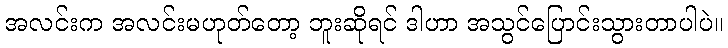
အလင်းက အလင်းမဟုတ်တော့ ဘူးဆိုရင် ဒါဟာ အသွင်ပြောင်းသွားတာပါပဲ။